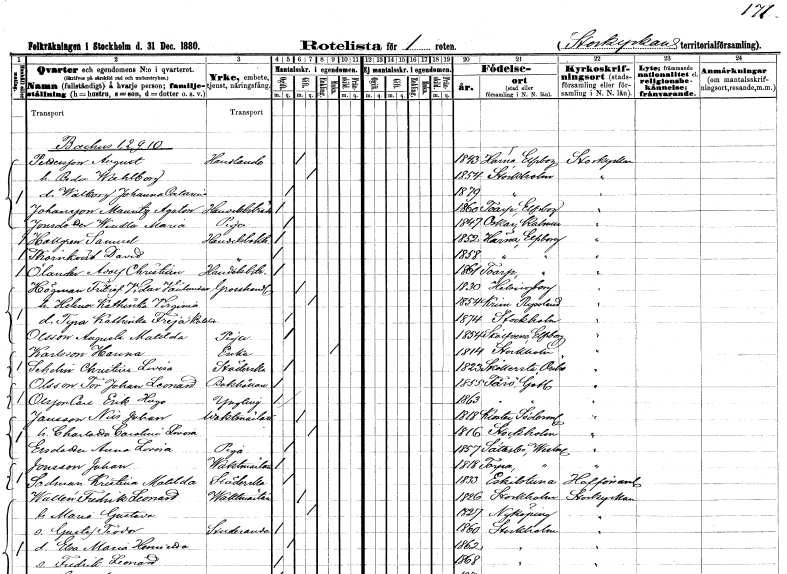
gt_parse: households: individuals: FN: August
EN: Pettersson
YRKE: Handlande
KON: M
CIV: G
FODAR: 1843
FODFORS: Härna Älvsborgs län
FN: Beda Wahlborg
KON: K
CIV: G
FODAR: 1854
FODFORS: Stockholm
FN: Walborg Johanna Octavia
KON: K
CIV: O
FODAR: 1879
FODFORS: Stockholm
FN: Mauritz Agaton
EN: Johansson
YRKE: Handelsbiträde
KON: M
CIV: O
FODAR: 1860
FODFORS: Toarp Älvsborgs län
FN: Wendla Maria
EN: Jonsdotter
YRKE: Piga
KON: K
CIV: O
FODAR: 1847
FODFORS: Oskar Kalmar län
FN: Samuel
EN: Hallgren
YRKE: Handelsbokhållare
KON: M
CIV: O
FODAR: 1852
FODFORS: Härna Älvsborgs län
FN: David
EN: Thörnqvist
YRKE: Handelsbokhållare
KON: M
CIV: O
FODAR: 1858
FODFORS: Härna Älvsborgs län
FN: Adolf Christian
EN: Ölander
YRKE: Handelsbiträde
KON: M
CIV: O
FODAR: 1861
FODFORS: Toarp Älvsborgs län
FN: Fritiof Vidar
EN: Högman Vanlander
YRKE: Grosshandlare
KON: M
CIV: G
FODAR: 1830
FODFORS: Hälsingborg Malmöhus län
FN: Helena Kathinka Virginia
KON: K
CIV: G
FODAR: 1854
FN: Tyra Kathinka Freja Kotalia
KON: K
CIV: O
FODAR: 1874
FODFORS: Stockholm
FN: Augusta Matilda
EN: Olsson
YRKE: Piga
KON: K
CIV: O
FODAR: 1854
FODFORS: Skölvene Älvsborgs län
FN: Hanna
EN: Karlsson
YRKE: Änka
KON: K
CIV: E
FODAR: 1814
FODFORS: Stockholm
FN: Christina Lovisa
EN: Schelin
YRKE: Städerska
KON: K
CIV: O
FODAR: 1823
FODFORS: Sköllersta Örebro län
FN: Tor Johan Leonard
EN: Olsson
YRKE: Bokhållare
KON: M
CIV: O
FODAR: 1855
FODFORS: Fårö Gotlands län
FN: Erik Hugo
EN: Olsson
KON: M
CIV: O
FODAR: 1863
FODFORS: Fårö Gotlands län
FN: Nils Johan
EN: Jansson
YRKE: Vaktmästare
KON: M
CIV: G
FODAR: 1818
FODFORS: Kloster Södermanlands län
FN: Charlotta Carolina Lovisa
KON: K
CIV: G
FODAR: 1816
FODFORS: Stockholm
FN: Anna Lovisa
EN: Ersdotter
YRKE: Piga
KON: K
CIV: O
FODAR: 1857
FODFORS: Säterbo Västmanlands län
FN: Johan
EN: Jonsson
YRKE: Vaktmästare
KON: M
CIV: O
FODAR: 1818
FODFORS: Torpa Västmanlands län
FN: Kristina Matilda
EN: Sedman
YRKE: Städerska
KON: K
CIV: O
FODAR: 1833
FODFORS: Eskilstuna Södermanlands län